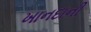
ખાનદાની